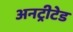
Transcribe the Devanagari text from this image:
अनट्रीटेड